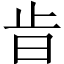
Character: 𣥜